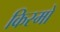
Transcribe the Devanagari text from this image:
किस्मो